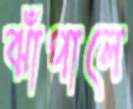
ঝাঁপালে